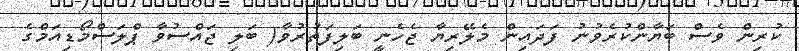
ކުރިން ވެސް ބަޔާންކުރެވުނު ފަދައިން މެލޭރިޔާ ޖެހެނީ ބަލިފަތުރުވާ( ބަލި ޖައްސުވާ ޕްލަސްމޯޑިއަމްގެ